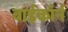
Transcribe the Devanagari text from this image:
बाईकॉर्न